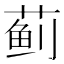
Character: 蓟